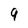
Character: 9